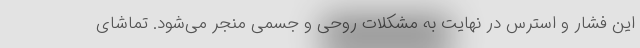
این فشار و استرس در نهایت به مشکلات روحی و جسمی منجر می‌شود. تماشای